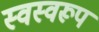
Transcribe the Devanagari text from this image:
स्वस्वरूप